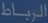
الرياض